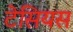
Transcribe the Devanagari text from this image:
टेसियस